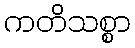
ကတိသစ္စာ